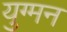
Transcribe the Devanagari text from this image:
युग्‍मन